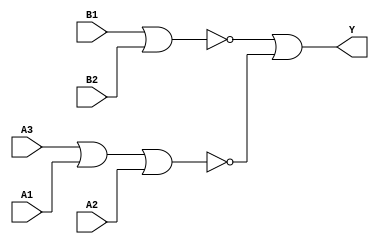
module sky130_fd_sc_ls__o32ai (
    Y ,
    A1,
    A2,
    A3,
    B1,
    B2
);

    // Module ports
    output Y ;
    input  A1;
    input  A2;
    input  A3;
    input  B1;
    input  B2;

    // Module supplies
    supply1 VPWR;
    supply0 VGND;
    supply1 VPB ;
    supply0 VNB ;

    // Local signals
    wire nor0_out ;
    wire nor1_out ;
    wire or0_out_Y;

    //  Name  Output     Other arguments
    nor nor0 (nor0_out , A3, A1, A2        );
    nor nor1 (nor1_out , B1, B2            );
    or  or0  (or0_out_Y, nor1_out, nor0_out);
    buf buf0 (Y        , or0_out_Y         );

endmodule